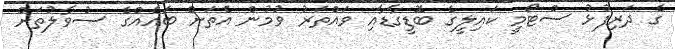
ގެ ދަރިފުޅު ސްޓޯމީ ކައިލީގެ ބޮޑީގާޑާއި ވައްތަރު ވުމުން އެތަށް ބައެއްގެ ސުވާލުތަށް